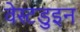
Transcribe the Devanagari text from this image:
वेस्टडुइन